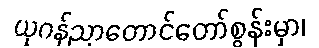
ယုဂန်ညာတောင်တော်စွန်းမှာ၊